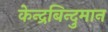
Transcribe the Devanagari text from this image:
केन्द्रबिन्दुमान